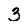
Character: 3